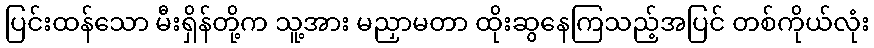
ပြင်းထန်သော မီးရှိန်တို့က သူ့အား မညှာမတာ ထိုးဆွနေကြသည့်အပြင် တစ်ကိုယ်လုံး